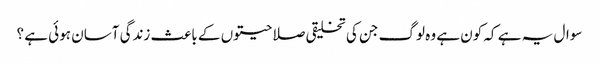
سوال یہ ہے کہ کون ہے وہ لوگ جن کی تخلیقی صلاحیتوں کے باعث زندگی آسان ہوئی ہے ؟